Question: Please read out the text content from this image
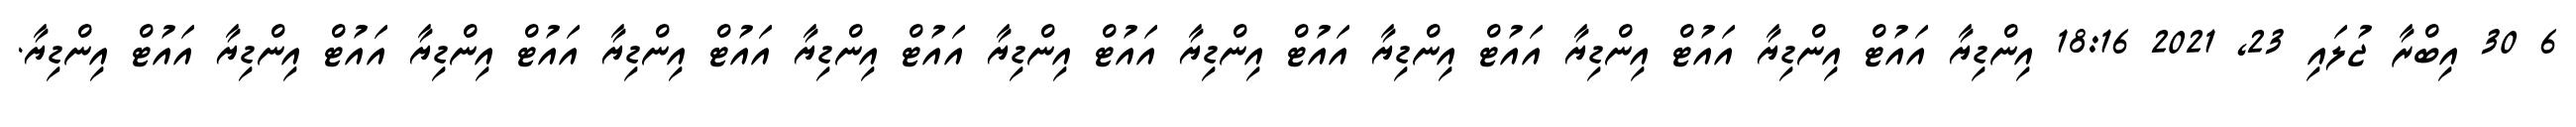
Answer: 6 30 އިބްރާ ޖުލައި 23, 2021 18:16 އިންޑިޔާ އައުޓް އިންޑިޔާ އައުޓް އިންޑިޔާ އައުޓް އިންޑިޔާ އައުޓް އިންޑިޔާ އައުޓް އިންޑިޔާ އައުޓް އިންޑިޔާ އައުޓް އިންޑިޔާ އައުޓް އިންޑިޔާ އައުޓް އިންޑިޔާ އައުޓް އިންޑިޔާ.